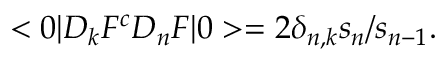
< 0 | D _ { k } F ^ { c } D _ { n } F | 0 > = 2 \delta _ { n , k } s _ { n } / s _ { n - 1 } .